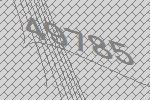
49785